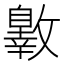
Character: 𣀐